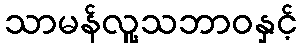
သာမန်လူ့သဘာဝနှင့်